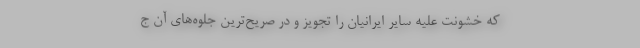
که خشونت علیه سایر ایرانیان را تجویز و در صریح‌ترین جلوه‌های آن ج